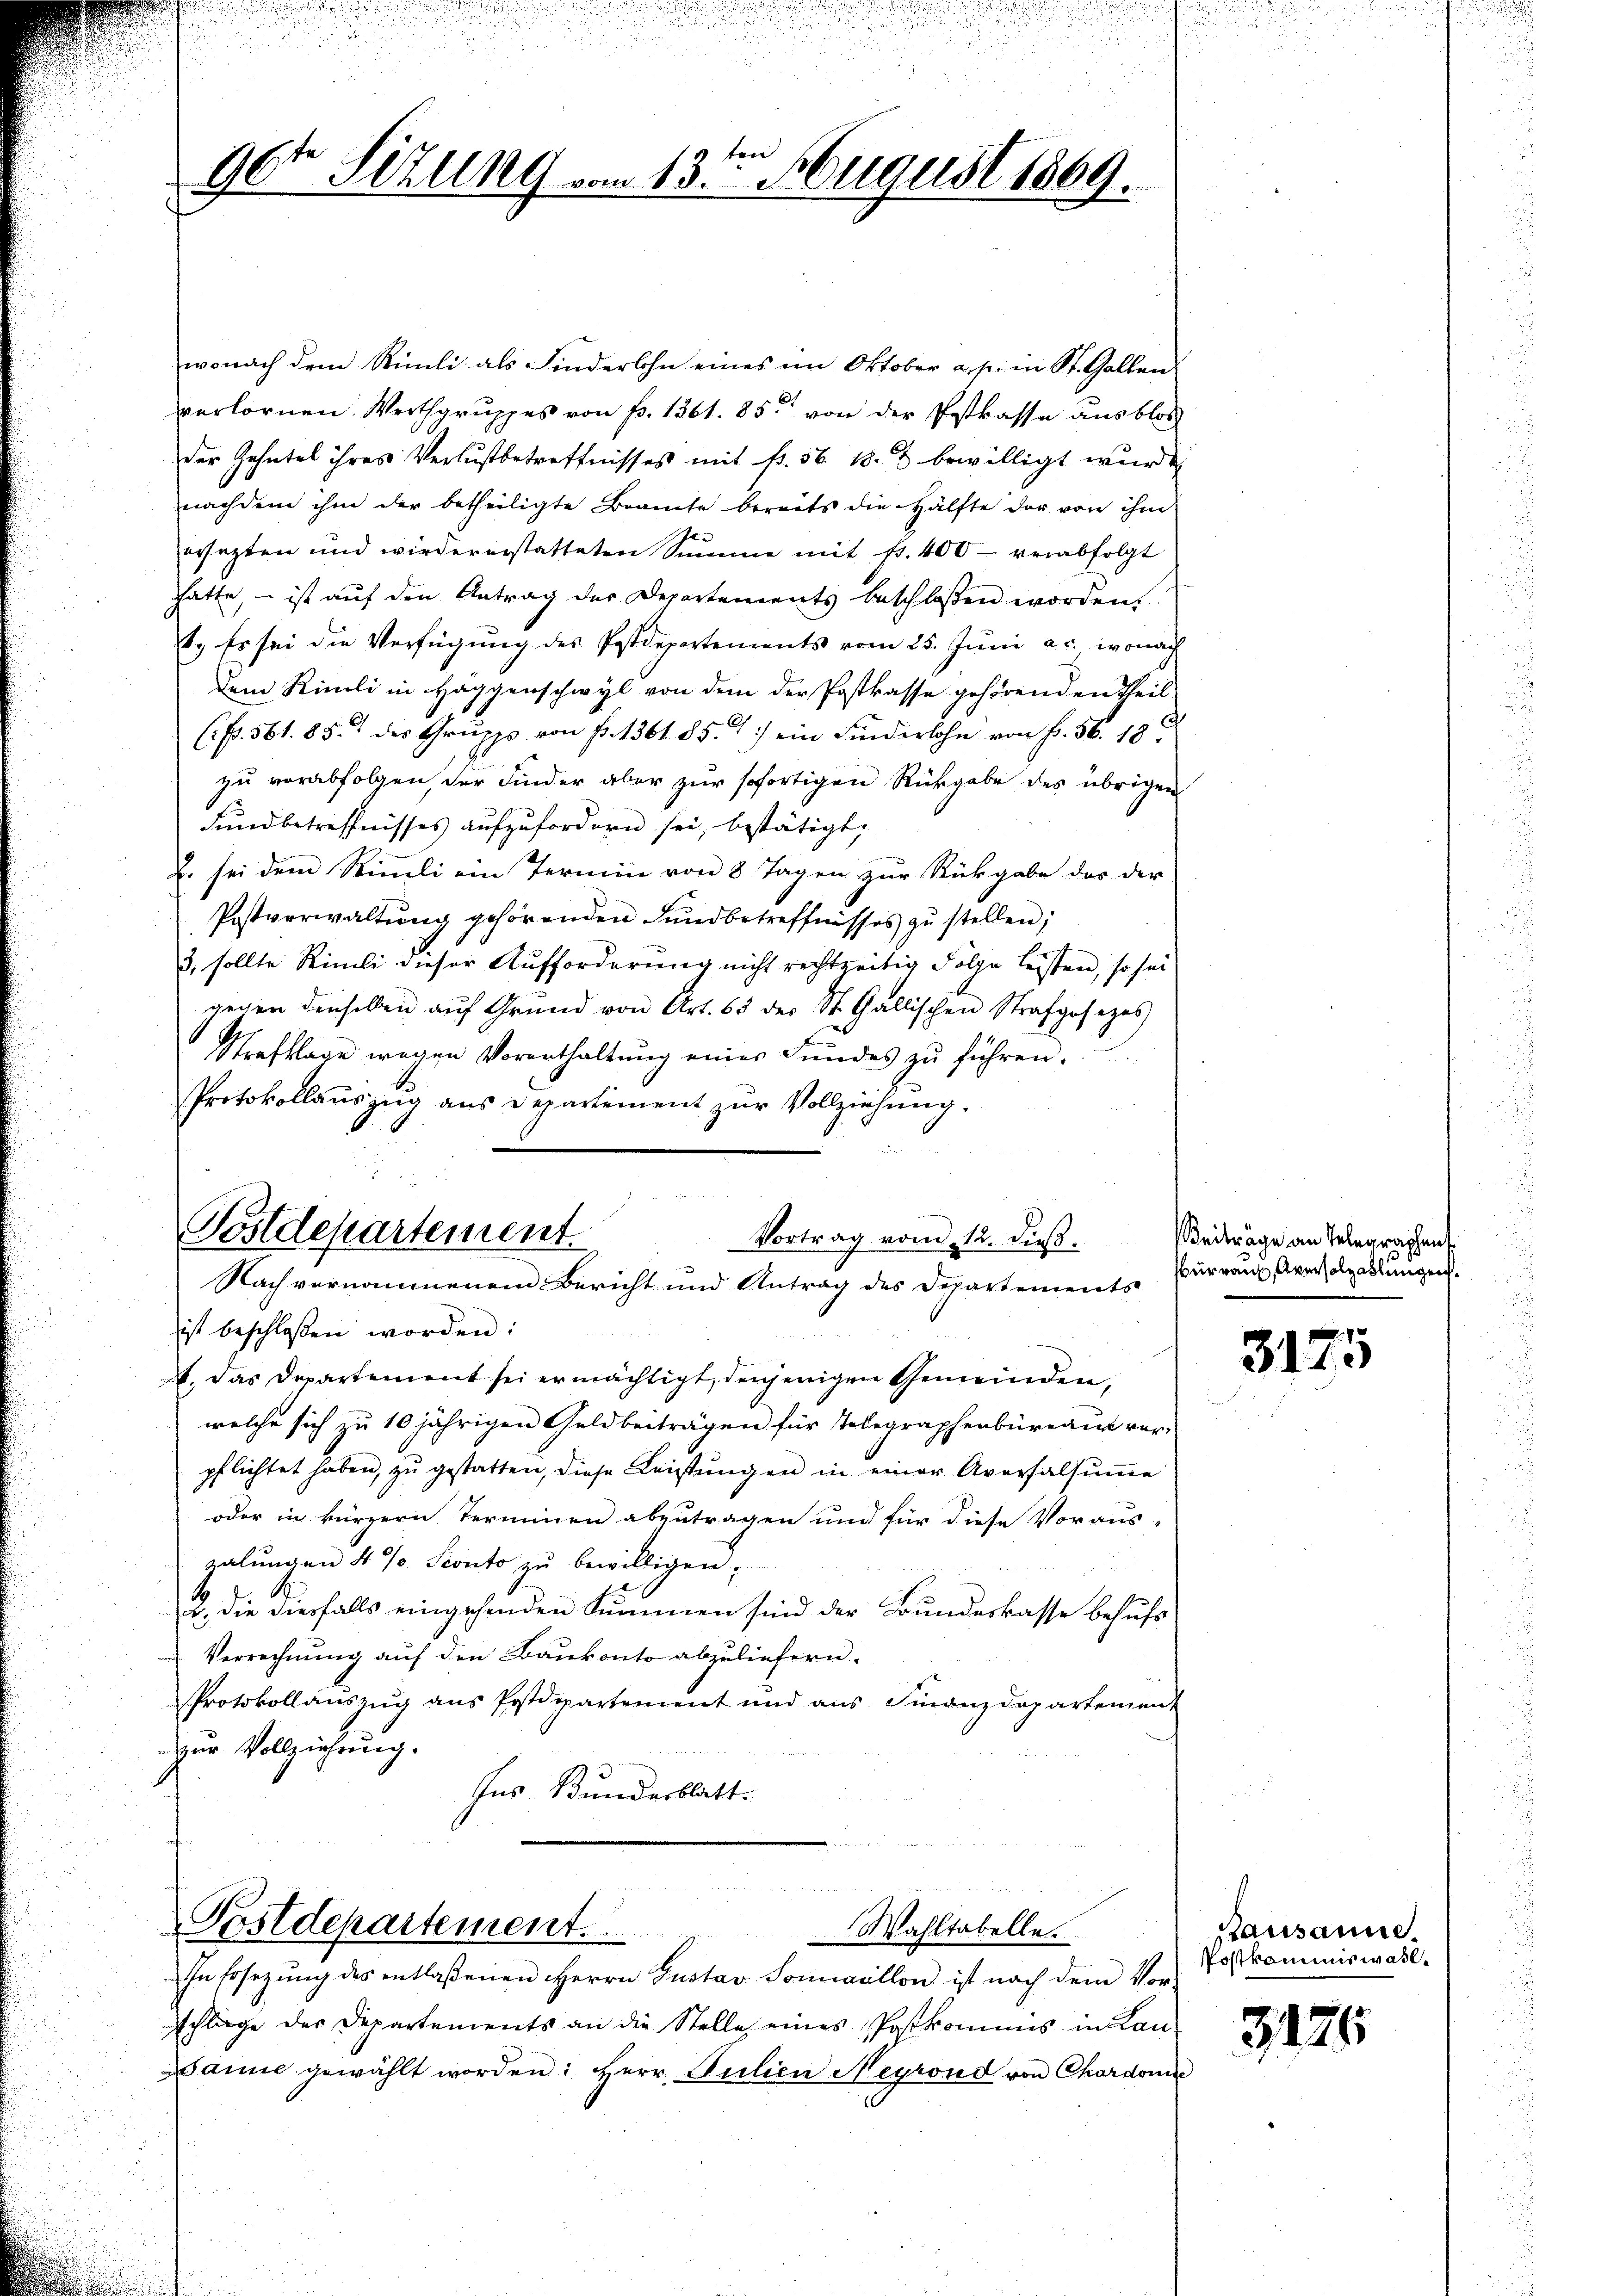
ten
96te Sitzung vom 13. August 1869.

wonach dem Rümli als Kinderlohn eines im Oktober a. p. in St. Gallen.
verlornen. Werthgruppes von f. 1361. 85. von der Postkasse aus blos
der Zehntel ihres Verlustbetreffnisses mit fr. 56. 18. 2 bewilligt wurd
nachdem ihm der betheiligte Beamte bereits die Hälfte der von ihm
ersetzten und wieder erstatteten Summe mit fr. 400 verabfolgt
hätte, – ist auf den Antrag der Departements beschlossen worden.
1. Es sei die Verfügung des Postdepartements vom 25. Juni a. c. wonach
dem Simili in Haggenschwyl von dem der Postkasse gehörenden Theil
(p. 561. 85. des Grupp von fr. 1361. 85. 1) ein Kinderlohn von Fr. 56. 18
zu verabfolgen, der Kinder aber zur sofortigen Rückgabe des übrigen
Fundbetreffnisses aufzufordern sei, bestätigt,
2. sei dem Simmli ein Termin von 8 Tagen zur Rückgabe das der
Postverwaltŭng gehörenden Fundbetreffnisses zŭ stellen;
3. sollte Simili dieser Aufforderung nicht rechtzeitig Folge leisten, so sei
gegen denselben auf Grund von Art. 63 der St. Gallischen Strafgesezes
Strafklage wegen Vorenthaltŭng einer Fundes zŭ führen.
Protokollaŭszŭg aŭs departement zŭr Vollziehung.
Postdepartement.
Vortrag vom 12. dieß.
Nach vernommenem Bericht und Antrag des Departements
ist beschlossen worden:
. Das Departement sei ermächtigt, denjenigen Gemeinden,
welche sich zu 10 jährigen Geldbeiträgen für Telegraphenbüreau vor-
pflichtet haben, zu gestatten, diese Leistungen in einer Aversalsumme
oder in kürzern Terminen abzutragen und für diese Voraus-
zalungen 4 % Sconto zu bewilligen.
2. die diesfalls eingehenden Summen sind der Bundeskasse behufs
Verrechnung auf den Bankonto abzuliefern.
Protokollauszug aus Postdepartement und aus Finanzdepartemen
Der Vollziehung.
Ins Bundesblatt.

Postdepartement.
Wahltabelle.

In Ersezung des entlaßenen Herrn Gustav Somicillon ist nach dem Vor-
schlage der Departements an die Stelle eines Postkommis in Lan-
Danie gewählt worden: Herr Julien Neyrond von Chordonn

Beitrage an Telegraphens
büreau, Aversolzablingen.

3175

stausanne.
Postkommiswasle

3126